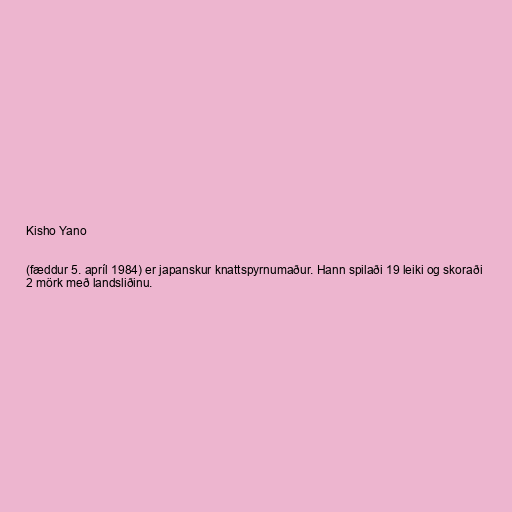
Kisho Yano

(fæddur 5. apríl 1984) er japanskur knattspyrnumaður. Hann spilaði 19 leiki og skoraði
2 mörk með landsliðinu.